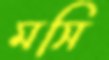
মসি